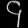
Digit: ၄